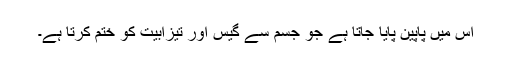
اس میں پاپین پایا جاتا ہے جو جسم سے گیس اور تیزابیت کو ختم کرتا ہے۔